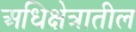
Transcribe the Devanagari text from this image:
अधिक्षेत्रातील